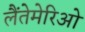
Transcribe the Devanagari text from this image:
लैंतेमेरिओ